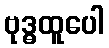
ဗုဒ္ဓထူပေါ